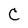
Character: C